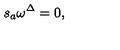
s _ { a } \omega ^ { \Delta } = 0 ,